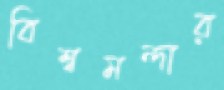
বিশ্বমন্দার